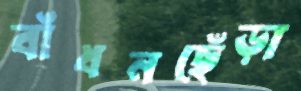
বাঁধনছেঁড়া